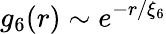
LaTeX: g_{6}(r)\sim e^{-r/\xi_{6}}